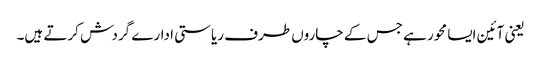
یعنی آئین ایسا محور ہے جس کے چاروں طرف ریاستی ادارے گردش کرتے ہیں۔